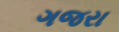
ગજરા